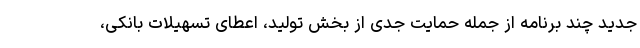
جدید چند برنامه از جمله حمایت جدی از بخش تولید، اعطای تسهیلات بانکی،